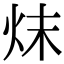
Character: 㶬